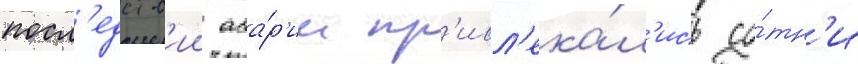
посл'едств'ии ава́р'ии пр'ивл'ека́л'ись со́тн'и